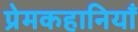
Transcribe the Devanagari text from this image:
प्रेमकहानियाँ